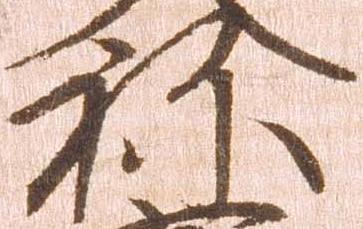
祢